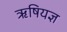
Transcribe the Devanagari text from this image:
ऋषियज्ञ